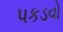
પકડવો